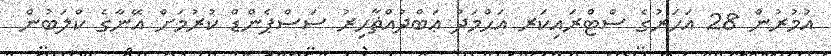
އުމުރުން 28 އަހަރުގެ ސްޓްރައިކަރ އަޙްމަދު ޢަބްދުއްޡާހިރު ސަސްޕެންޑް ކުރުމަށް އޭނާގެ ކްލަބުން